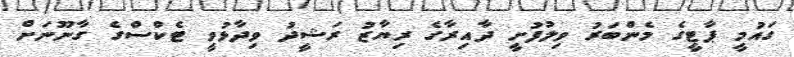
ގައުމީ ޕާޓީގެ މެންބަރު ވިލުފުށީ ދާއިރާގެ ރިޔާޒު ރަޝީދު ވިދާޅުވީ ޓެކްސްގެ ގާނޫނަށް